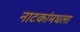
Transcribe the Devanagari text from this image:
नाटकांमधला